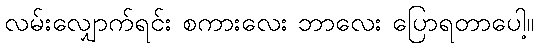
လမ်းလျှောက်ရင်း စကားလေး ဘာလေး ပြောရတာပေါ့။